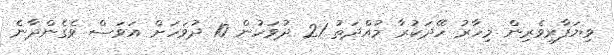
ވިޔަފާރިވެރިން މިހާރު ހޭދަކުރާ މުއްދަތު 21 ދުވަހުން 10 ދުވަހަށް އަވަސް ވެގެންދާނެ